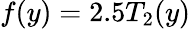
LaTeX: f(y)=2.5T_{2}(y)